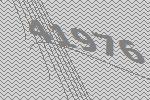
41976